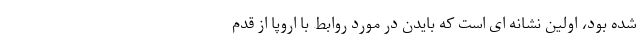
شده بود، اولین نشانه ای است که بایدن در مورد روابط با اروپا از قدم